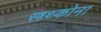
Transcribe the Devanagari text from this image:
स्त्रथ्कोना